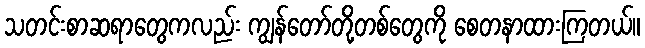
သတင်းစာဆရာတွေကလည်း ကျွန်တော်တို့တစ်တွေကို စေတနာထားကြတယ်။